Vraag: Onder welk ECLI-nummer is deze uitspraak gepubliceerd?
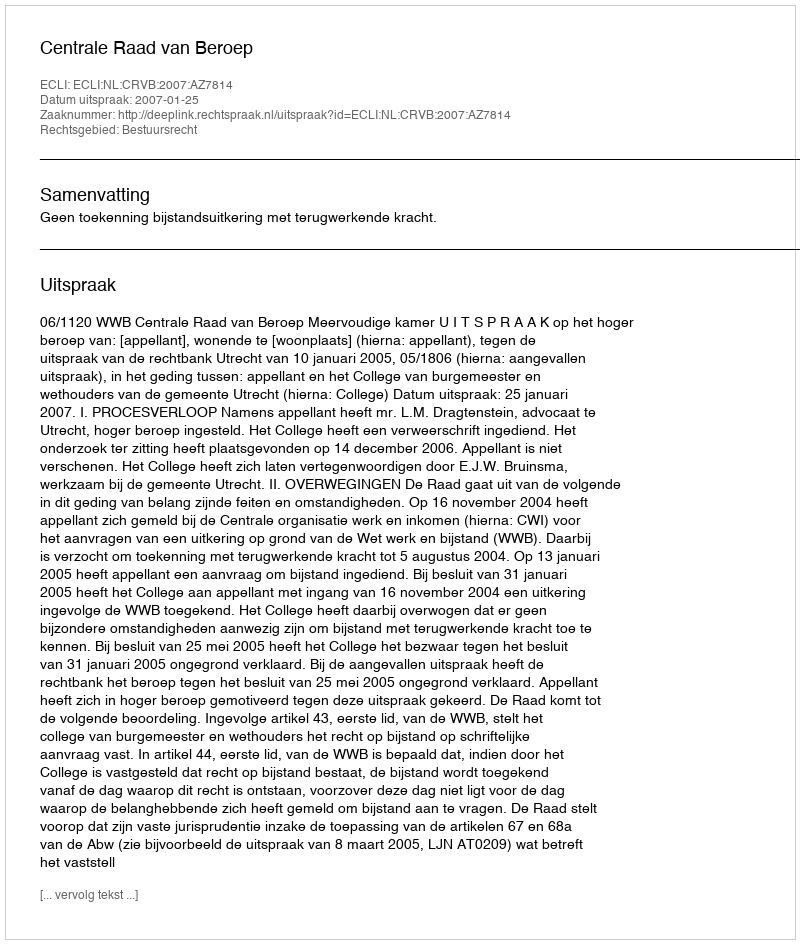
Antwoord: ECLI:NL:CRVB:2007:AZ7814